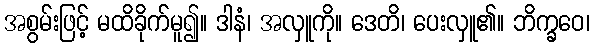
အစွမ်းဖြင့် မထိခိုက်မူ၍။ ဒါနံ၊ အလှူကို။ ဒေတိ၊ ပေးလှူ၏။ ဘိက္ခဝေ၊